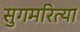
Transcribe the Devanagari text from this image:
सुगमरित्या